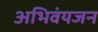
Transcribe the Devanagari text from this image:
अभिवंयजन